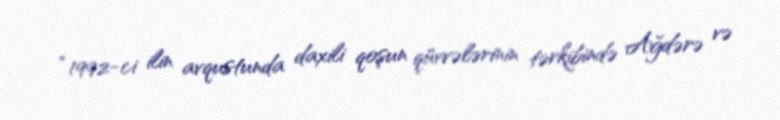
“1992-ci ilin avqustunda daxili qoşun qüvvələrinin tərkibində Ağdərə və